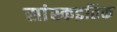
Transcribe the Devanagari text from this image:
सांस्कइतिक